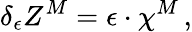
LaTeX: \delta_{\epsilon}Z^{M}=\epsilon\cdot\chi^{M}\, ,